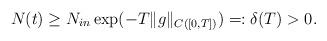
LaTeX: \begin{align*}N(t)\geq N_{in} \exp(-T \|g\|_{C([0,T])})=: \delta(T)>0.\end{align*}